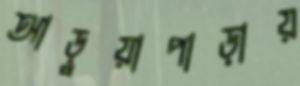
আড়ুয়াপাড়ায়